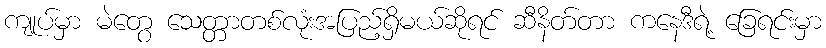
ကျုပ်မှာ မဲတွေ သေတ္တာတစ်လုံးအပြည့်ရှိမယ်ဆိုရင် ဆီနိတ်တာ ကနေဒီရဲ့ ခြေရင်းမှာ